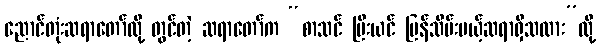
ညောင်တုံးဆရာတော်လို့ တွင်တဲ့ ဆရာတော်က “စာသင် ပြီးယင် ပြန်သိမ်းမယ့်ဆရာရှိသလား”လို့